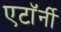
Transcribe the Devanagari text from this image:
एटाॅर्नी